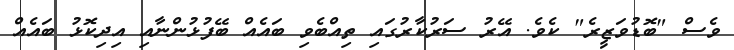
ވެސް "ބޮޑުވަޒީރެ" ކެވެ. އޭރު ސަރުކާރުގައި ތިއްބެވި ބައެއް ބޭފުޅުންނާއި އިދިކޮޅު ބައެއް